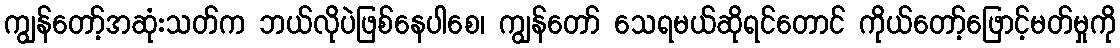
ကျွန်တော့်အဆုံးသတ်က ဘယ်လိုပဲဖြစ်နေပါစေ၊ ကျွန်တော် သေရမယ်ဆိုရင်တောင် ကိုယ်တော့်ဖြောင့်မတ်မှုကို